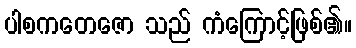
ပါစကတေဇော သည် ကံကြောင့်ဖြစ်၏။